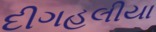
દીગહલીયા